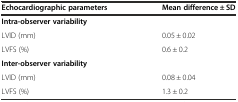
<table><thead><tr><td><b>Echocardiographic parameters</b></td><td><b>Mean difference ± SD</b></td></tr></thead><tbody><tr><td><b>Intra-observer variability</b></td><td></td></tr><tr><td>LVID (mm)</td><td>0.05 ± 0.02</td></tr><tr><td>LVFS (%)</td><td>0.6 ± 0.2</td></tr><tr><td><b>Inter-observer variability</b></td><td></td></tr><tr><td>LVID (mm)</td><td>0.08 ± 0.04</td></tr><tr><td>LVFS (%)</td><td>1.3 ± 0.2</td></tr></tbody></table>